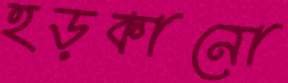
হড়কানো